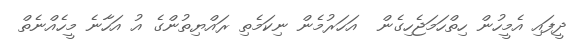
ދީފައި އެމީހުން ހިތްހަމަޖެހިގެން  އަހަރުމެން ނިކަމެތި ރައްޔިތުންގެ އު އަހާނެ މީހެއްނެތް